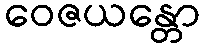
ဝေဇယန္တော